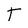
Character: T